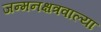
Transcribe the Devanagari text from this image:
जन्मनक्षत्रवाल्या